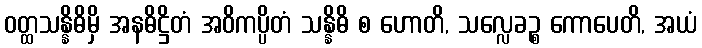
ဝတ္ထသန္နိဓိမှိ အနဓိဋ္ဌိတံ အဝိကပ္ပိတံ သန္နိဓိ စ ဟောတိ, သလ္လေခဉ္စ ကောပေတိ, အယံ